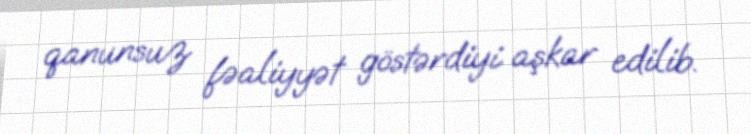
qanunsuz fəaliyyət göstərdiyi aşkar edilib.